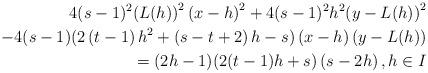
LaTeX: \begin{align*}4(s-1)^{2}{\large (}L(h){\large )}^{2}\left( x-h\right) ^{2}+4(s-1)^{2}h^{2}{\large (}y-L(h){\large )}^{2} \\-4(s-1){\large (}2\left( t-1\right) h^{2}+\left( s-t+2\right) h-s{\large )}\left( x-h\right) {\large (}y-L(h){\large )} \\=(2h-1){\large (}2(t-1)h+s{\large )}\left( s-2h\right) ,h\in I \end{align*}